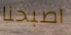
اصبحنا